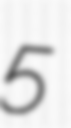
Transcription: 5